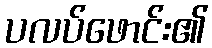
ပလပ်ဖောင်း၏